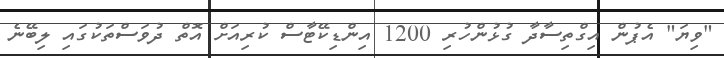
"ވިޔަ" އެޕުން އިގްތިސާދާ ގުޅުންހުރި 1200 އިންޑިކޭޓާސް ކުރިއަށް އޮތް ދުވަސްތަކުގައި ލިބޭނެ